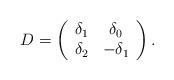
LaTeX: \begin{align*}D = \left(\begin{array}{cc}\delta_1 & \delta_0 \\\delta_2 & -\delta_1\end{array}\right) .\end{align*}